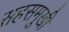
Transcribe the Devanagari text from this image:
सहसमुखी